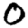
Digit: 0